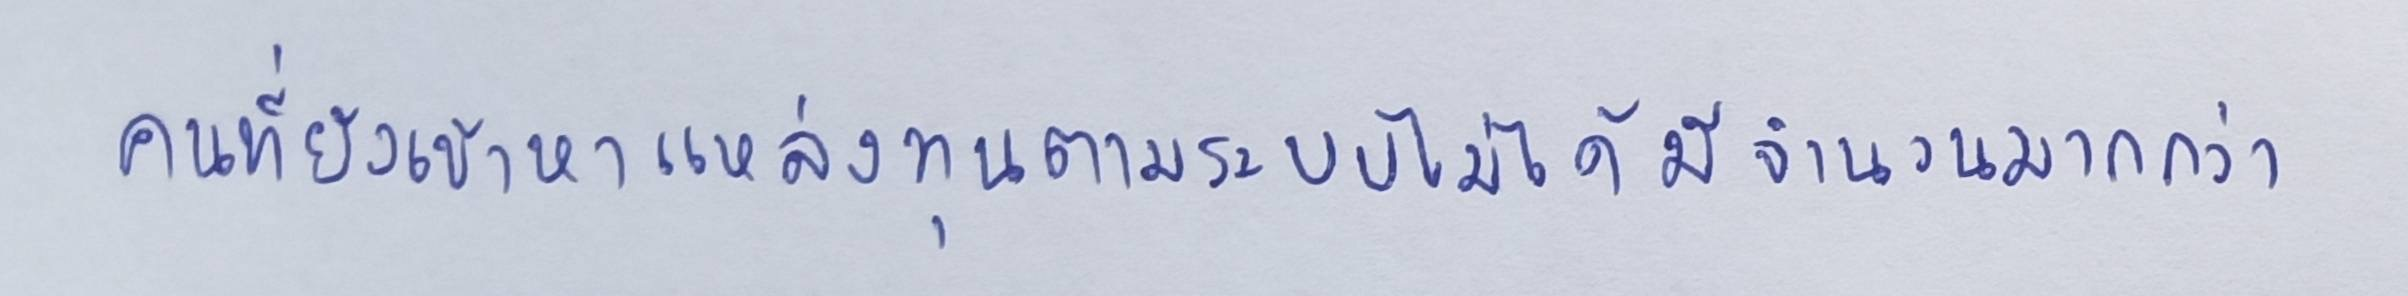
คนที่ยังเข้าหาแหล่งทุนตามระบบไม่ได้มีจำนวนมากกว่า